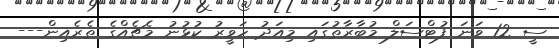
ސީ 12 ވަނަ ފުޓްސަލް މުބާރާތުގައި މިއަދު ހަވީރު ކުޅުނު މެޗެއްގެ ތެރެއިން---